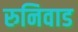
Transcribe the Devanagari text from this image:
रुनिवाड